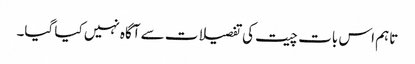
تاہم اس بات چیت کی تفصیلات سے آگاہ نہیں کیا گیا۔